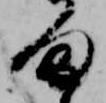
ま